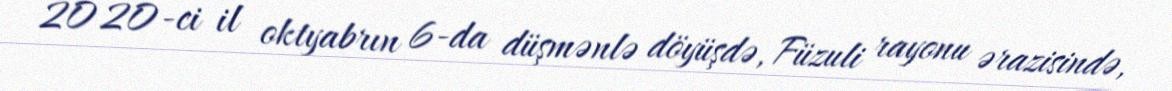
2020-ci il oktyabrın 6-da düşmənlə döyüşdə, Füzuli rayonu ərazisində,